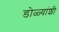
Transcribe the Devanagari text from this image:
डोळ्यांशी